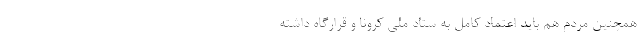
همچنین مردم هم باید اعتماد کامل به ستاد ملی کرونا و قرارگاه داشته